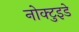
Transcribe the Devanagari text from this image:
नोक्टुइडे